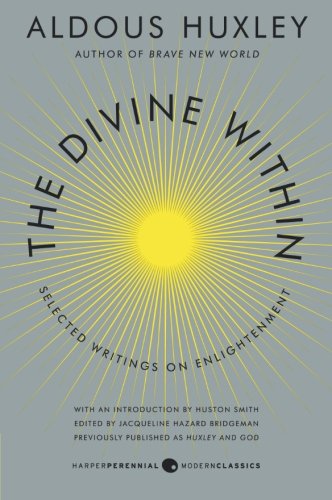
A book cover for The Divine Within: Selected Writings on Enlightenment; Aldous Huxley; Politics & Social Sciences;